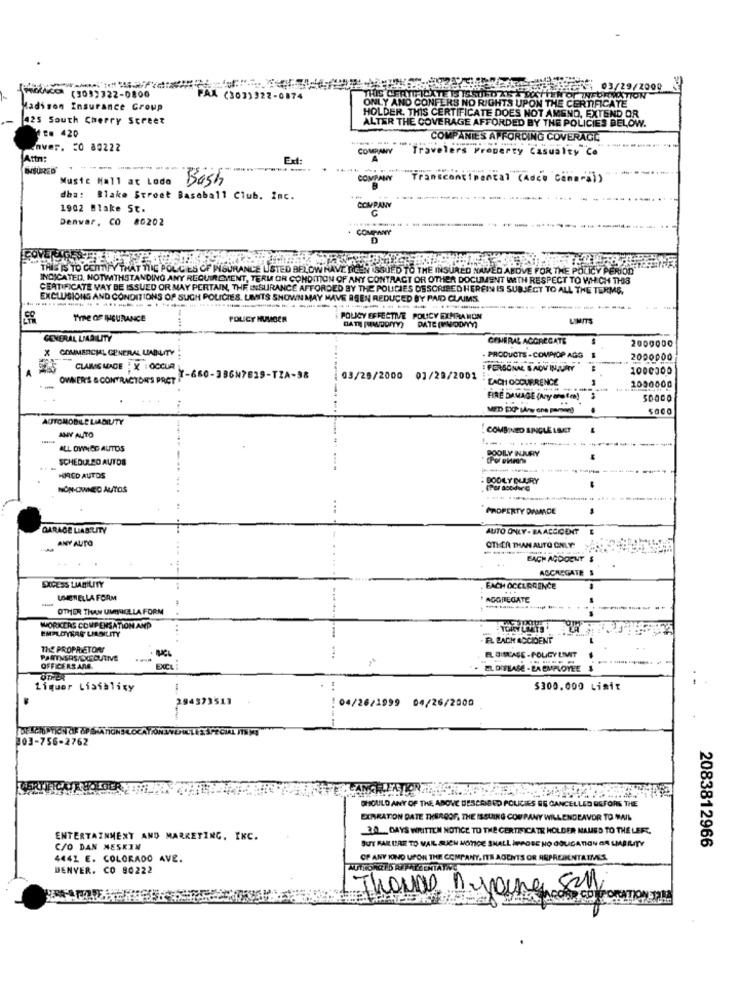
9/2000
(3037722-0800
PAX (303)322-0874
THIS CET
Madison Insurance Group
ONLY AND CONFERS NO RIGHTS UPON THE CERTIFICATE
425 South Cherry Street
HOLDER. THIS CERTIFICATE DOES NOT AMENO, EXTEND OR
ALTER THE COVERAGE AFFORDED BY THE POLICIES BELOW.
TE. 420
COMPANIES AFFORDING COVERAGE
aver. 20 80222
COMPANY
Travelers Property Casualty Co
Attn:
Ext:
----
Music Hall at Lade Bash
COMPANY
Transcontinental (Adco conora)
dha: Blake Street Baseball Club. Inc.
1902 Blake St.
COMPANY
Denwar, CO 86202
COMPANY
OLLIES OF INSURANCE LISTED BELOW NAVE DICEN ISSUED TO THE INSURED NAMED ABOVE FOR THE POLICY PERIOD"
INDICATED, NOTWITHSTANDING ANY REQUIREMENT, TERM OR CONDITION OF ANY CONTRACT OR OTHER DOCUMENT WITH RESPECT TO WHICH THIS
CERTIFICATE VAY BE ISSUED OR MAY PERTAIN, THE INSURANCE AFFORDED BY THE POLICIES DESCRIBED HEREIN IS SUBJECT TO ALL THE TERMS.
EXCLUSIONS AND CONDITIONS OF SUCH POLICIES. LIMITS SHOWN MAY HAVE BEEN REDUCED BY PAID CLAIMS
TYPE OF INSURANCE
POLICY NUMBER
POLICY EFFECTIVE POLICY EXHRAMON
LIMITS
DATE (PLODY)
GENERAL LIABILITY
GENERAL AGGREGATE
X COMMERCIAL GENERAL LIABILITY
2000000
- PRODUCTS - COMPIOP AGG
2000000
CLAIMS MADE X : OCCUR
PERSONAL SADY INJURY
1000000
OWNER'S & CONTRACTOR'S PRCT
Y-660-386N7829-TZA-98
03/25/2000 01/28/2001
EACH OCCURRENCE
2000000
FIRE DAMAGE (Ny Grote
MED EXP LAn one peman!
saco
AUTOMOBILE LIABILITY
. COMBINED SINGLE LAGET
ANY AUTO
--
ALL OWNED AUTOS
POOLLY NUJURY
SCHEDULEO AUTOS
CPor oveone
HIRED AUTOS
BODILY DUURY
NON-OWNED AUTOS
PROPERTY DAMAGE
GARAGE LIABILITY
AUTO ONLY - BAACCIDENT
ANY AUTO
OTHER THAN AUTO ONLY!
++
EACH AGDOENT S
ADCASGATE S
EXCESS LIABILITY
EACH OCCURRENCE
UMEN ELLA FORM
AGGREGATE
OTHER THAN UMELIGLLA FORM
EMPLOYRAG LINNILITY
WORKERS COMPENSATION AND
....
-EL BACH ACCIDENT
THE PROPRIETOR
PARTNERS/OGOUTIVE
...
EL DISEASE - POLICY LIMIT
OFFICERSARG.
EXCL
EL DISEASE . LA EMPLOYEE
OTHER
Liquer Lisiblity
$300.000 Limit
294
: 04/26/1999 04/26/2000
DESCRIPTION OF OPERATIONS LOCATIONSVEHICLES SPECIAL ITHME
103-756-2762
SHOULD ANY OF THE, ABOVE DESCRIBED POLICIES ES CANCELLED BEFORE THE
EXPRATION DATE THEROOF, THE ISSUING COUPANY WILLENDEAVOR TO MAIL
30 DAYS WRITTEN NOTICE TO THE CERTIFICATE HOLDER NAMED TO THE LEFT.
ENTERTAINMENT AND MARKETING, INC.
2083812966
C/O DAN NESKIN
BUT FAILURE TO MAIL SUCH MOTICE SHALL IMPOSE H
4441 E. COLORADO AVE.
OF ANY IONO UPON THE COMPANY, ITS AGENTS OR ANPREBENTATIVES.
DENVER. CO 80222
Thoude nyaung Sall
come componen